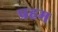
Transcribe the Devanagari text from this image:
प्रहम